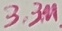
Text: 3.3µ